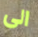
الى